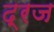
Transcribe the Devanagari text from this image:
द्रज